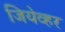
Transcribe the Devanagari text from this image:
जियेव्हर